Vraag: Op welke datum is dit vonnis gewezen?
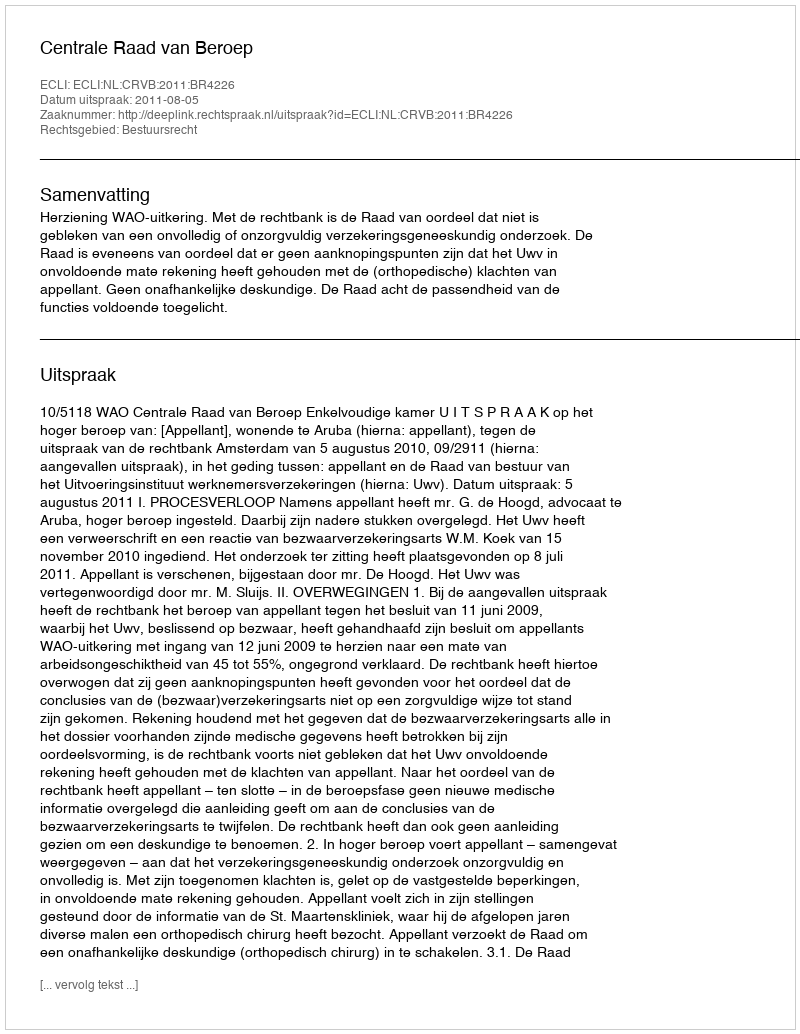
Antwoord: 2011-08-05